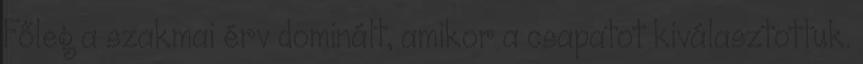
Főleg a szakmai érv dominált, amikor a csapatot kiválasztottuk.